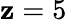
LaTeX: \mathbf{z}=5